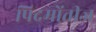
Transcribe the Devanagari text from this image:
पिदमोंतीज